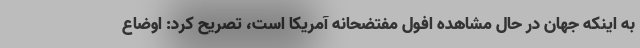
به اینکه جهان در حال مشاهده افول مفتضحانه آمریکا است، تصریح کرد: اوضاع